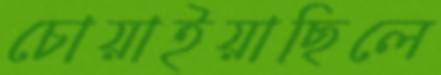
চোয়াইয়াছিলে